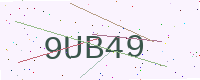
Text: 9UB49